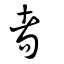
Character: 耇